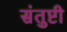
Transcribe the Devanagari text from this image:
संतुष्टी